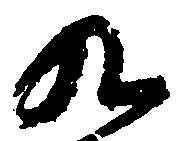
九